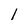
Character: l